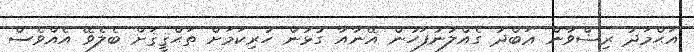
އަޙްމަދު ރިޟްވާން ޢަބްދު ގެއްލުނުފަހުން އޭނާއާ ގުޅުން ހުރިކަމަށް ތަޙްޤީޤަށް ބެލެވޭ އެއްވެސް